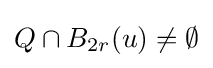
Q\cap B_{2r}(u)\neq \emptyset